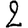
Digit: 2